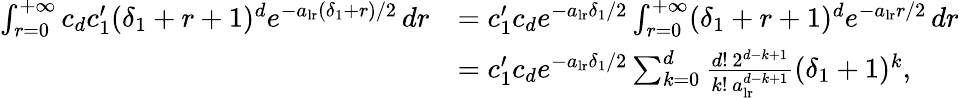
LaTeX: \begin{array}{rl}{\int_{r=0}^{+\infty}c_{d}c_{1}^{\prime}(\delta_{1}+r+1)^{d}e^{-a_{\mathrm{lr}}(\delta_{1}+r)/2}\, dr}&{=c_{1}^{\prime}c_{d}e^{-a_{\mathrm{lr}}\delta_{1}/2}\int_{r=0}^{+\infty}(\delta_{1}+r+1)^{d}e^{-a_{\mathrm{lr}}r/2}\, dr}\\ &{=c_{1}^{\prime}c_{d}e^{-a_{\mathrm{lr}}\delta_{1}/2}\sum_{k=0}^{d}\frac{d!\, 2^{d-k+1}}{k!\, a_{\mathrm{lr}}^{d-k+1}}(\delta_{1}+1)^{k},}\end{array}